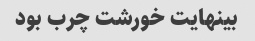
بینهایت خورشت چرب بود